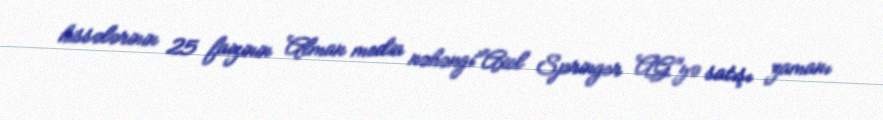
hissələrinin 25 faizinin Alman media nəhəngi"Axel Springer AG"yə satışı zamanı